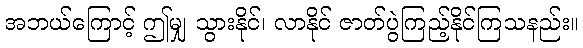
အဘယ်ကြောင့် ဤမျှ သွားနိုင်၊ လာနိုင် ဇာတ်ပွဲကြည့်နိုင်ကြသနည်း။